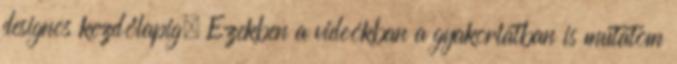
designos kezdőlapig. Ezekben a videókban a gyakorlatban is mutatom